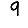
Digit: 9